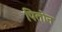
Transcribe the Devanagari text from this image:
पितोन